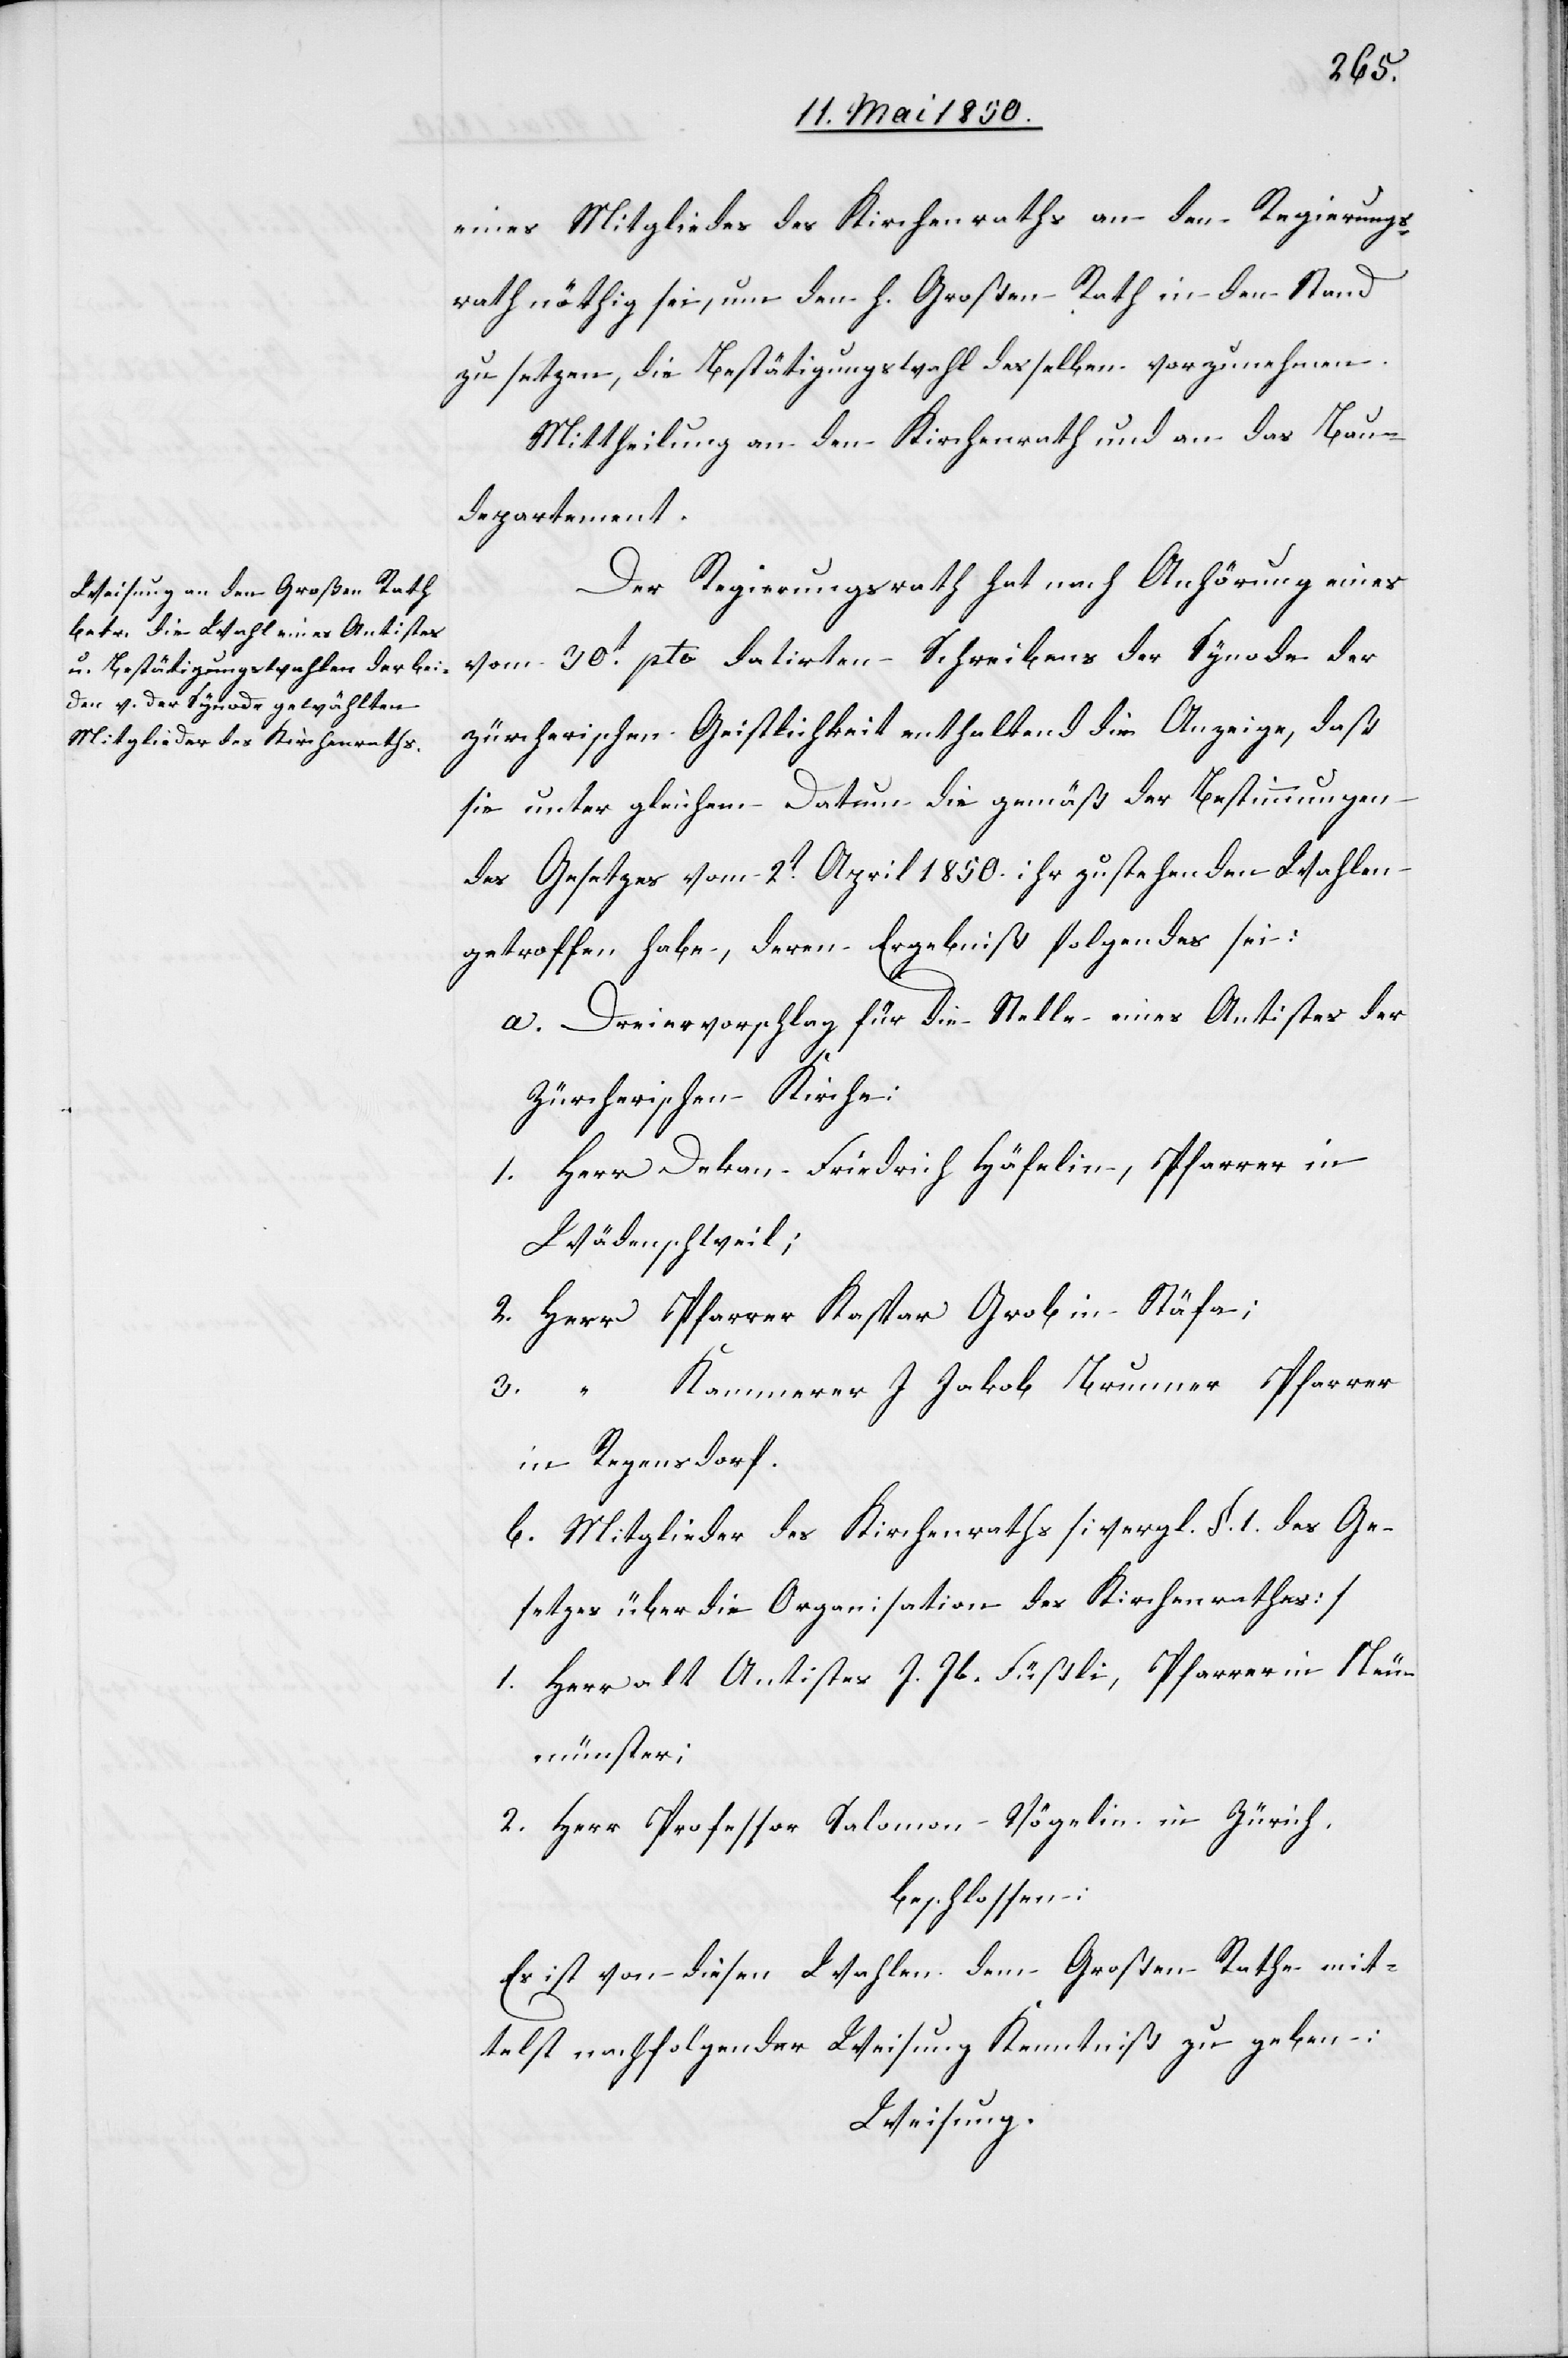
eines Mitgliedes des Kirchenraths an den Regierungs¬
rath nöthig sei, um den h. Großen Rath in den Stand
zu setzen, die Bestätigungswahl desselben vorzunehmen.
Mittheilung an den Kirchenrath und an das Bau¬
departement.
Der Regierungsrath hat nach Anhörung eines
vom 30t pto datirten Schreibens der Synode der
zürcherischen Geistlichkeit enthaltend die Anzeige, daß
sie unter gleichem Datum die gemäß der Bestimmungen
des Gesetzes vom 2t April 1850. ihr zustehenden Wahlen
getroffen habe, deren Ergebniß folgendes sei:
a. Dreiervorschlag für die Stelle eines Antistes der
Zürcherischen Kirche:
1. Herr Dekan Friedrich Häfelin, Pfarrer in
Wädenschweil;
2. Herr Pfarrer Kaspar Grob in Stäfa;
Kammerer J. Jakob Brunner Pfarrer
3. “
in Regensdorf.
b. Mitglieder des Kirchenraths [vergl. §. 1. des Ge¬
setzes über die Organisation des Kirchenrathes]
1. Herr alt Antistes J. Jb. Füßli, Pfarrer in Neu¬
münster;
2. Herr Professor Salomon Vögelin in Zürich.
beschlossen:
Es ist von diesen Wahlen dem Großen Rathe mit¬
telst nachfolgender Weisung Kenntniß zu geben:
Weisung.